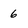
Character: 6